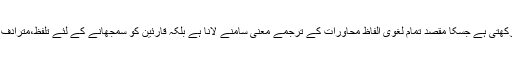
ویکی لغت اپنے ساتھی منصوبے اردو ویکیپیڈیاء سے مشابہت رکھتی ہے جسکا مقصد تمام لغوی الفاظ محاورات کے ترجمے معنی سامنے لانا ہے بلکہ قارئین کو سمجھانے کے لئے تلفظ،مترادف،متضاد اور لہجے کے حوالے سے بھی قارئین کی مدد کرنا ہے۔